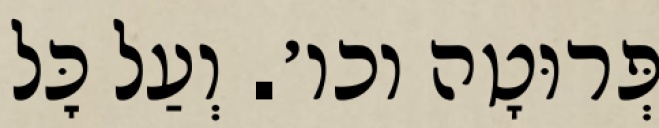
פְּרוּטָה וכו׳. וְעַל כׇּל